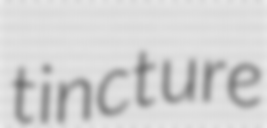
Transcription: tincture